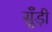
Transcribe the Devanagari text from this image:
सूँड़ी